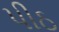
પીઠ